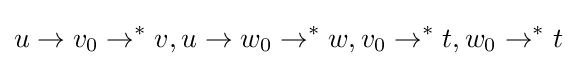
u\to v_{0}\to ^{*}v,u\to w_{0}\to ^{*}w,v_{0}\to ^{*}t,w_{0}\to ^{*}t